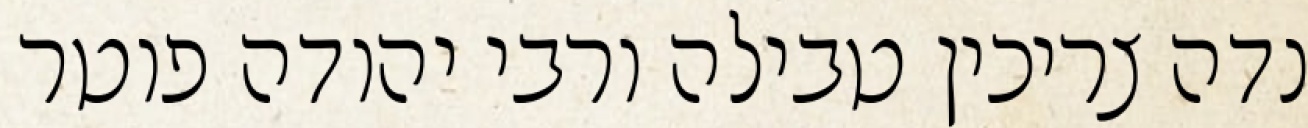
נדה צריכין טבילה ורבי יהודה פוטר